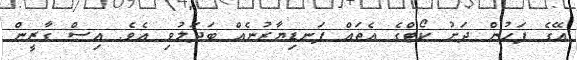
އޭގެ ފަހުން ދަށު ކޯޓްގެ އެތައް ފަނޑިޔާރުނެއް ބަދަލުވި އެވެ. އިސް ގާޒީން